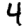
Digit: 4